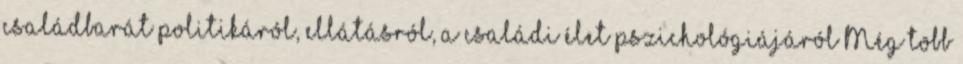
családbarát politikáról, ellátásról, a családi élet pszichológiájáról Még több